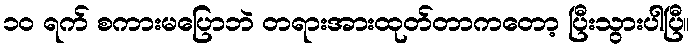
၁၀ ရက် စကားမပြောဘဲ တရားအားထုတ်တာကတော့ ပြီးသွားပါပြီ။